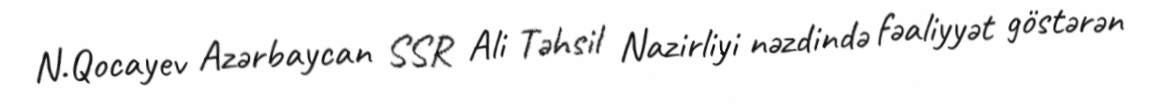
N.Qocayev Azərbaycan SSR Ali Təhsil Nazirliyi nəzdində fəaliyyət göstərən